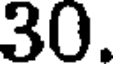
30.